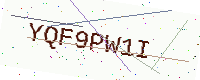
Text: YQF9PW1I